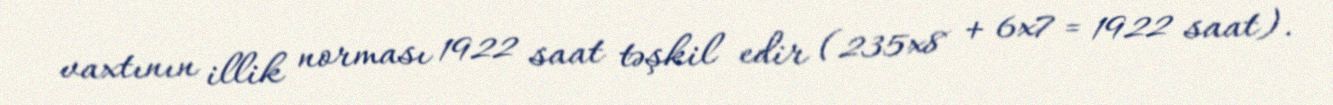
vaxtının illik norması 1922 saat təşkil edir (235x8 + 6x7 = 1922 saat).